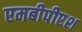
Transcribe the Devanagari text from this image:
एमबीपीएश